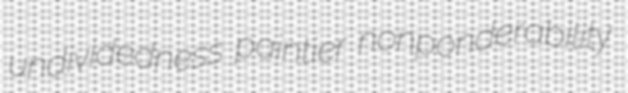
undividedness paintier nonponderability